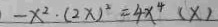
- x ^ { 2 } \cdot ( 2 x ) ^ { 2 } = 4 x ^ { 4 } ( x )